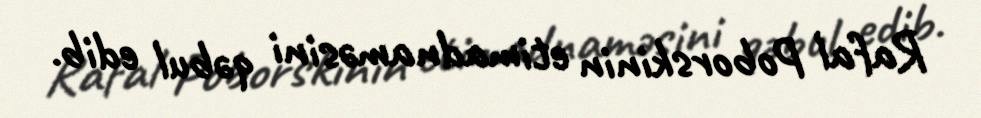
Rafal Poborskinin etimadnaməsini qəbul edib.